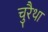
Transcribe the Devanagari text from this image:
चुरैथा